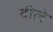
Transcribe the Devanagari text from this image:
दीले